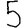
Digit: 5